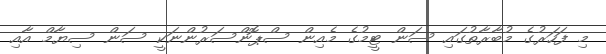
މި ފަހަރުގެ މުބާރާތުގައި ސަން ޓީމުގެ މެއިން ސްޕޮންސަރުންނަކީ ސަން ސިޔާމް އާއި